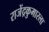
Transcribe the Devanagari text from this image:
राजेंद्रकुमारला